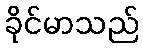
ခိုင်မာသည်